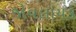
જોવલાયક